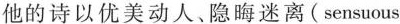
他的诗以优美动人。隐晦迷离(sensuous